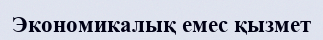
Экономикалық емес қызмет